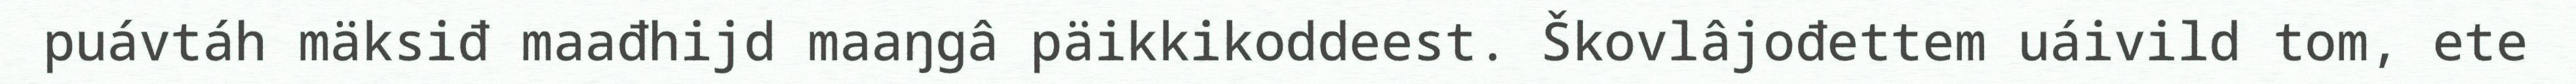
puávtáh mäksiđ maađhijd maaŋgâ päikkikoddeest. Škovlâjođettem uáivild tom, ete